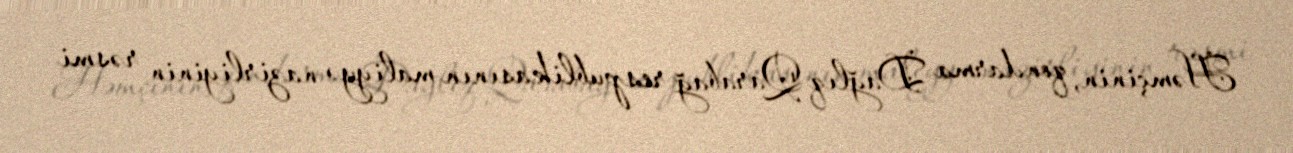
Həmçinin, qondarma Dağlıq Qarabağ respublikasının maliyyə nazirliyinin rəsmi